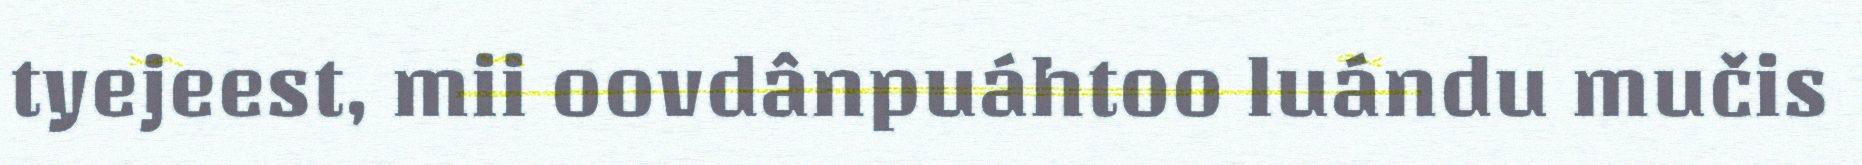
tyejeest, mii oovdânpuáhtoo luándu mučis